Regulations for the medical services of the Army of India
Year: 1930
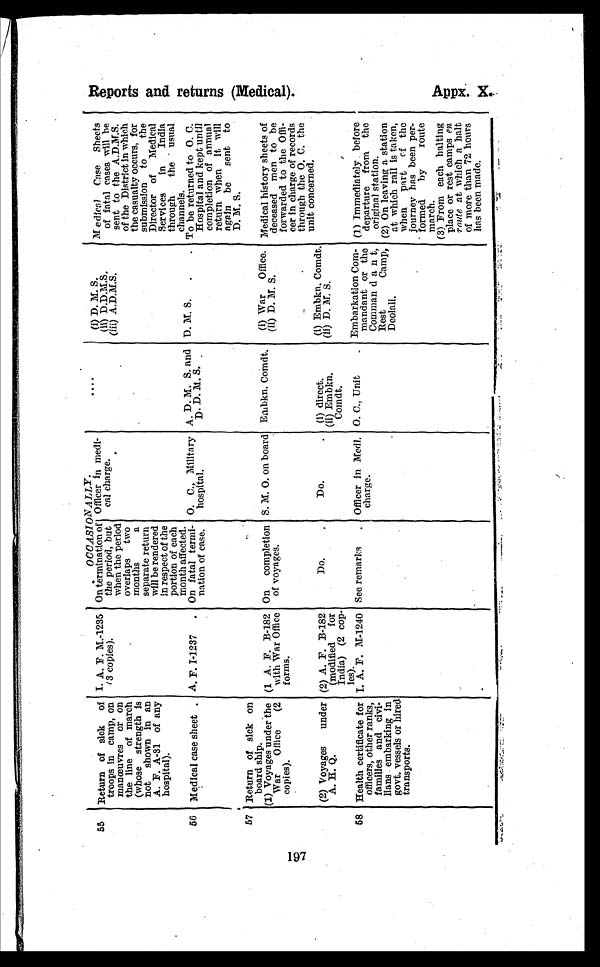
197
OCCASIONALLY.
55 Return of sick of
troops in camp, on
manœuvres or on
the line of march
(whose strength is
not shown in an
A. F. A-31 of any
hospital).
I. A. F. M.-1235
(3 copies).
On termination of
the period, but
when the period
overlaps two
months
a
separate return
will be rendered
in respect of the
portion of each
month affected.
Officer in medi-
cal charge.
....
(i) D. M. S.
(ii) D.D.M.S.
(iii) A.D.M.S.
Medical Case Sheets
of fatal cases will be
sent to the A.D.M.S.
of the District in which
the casualty occurs, for
submission to
the
Director of Medical
Services in India
through the usual
channels.
56 Medical case sheet . A. F. I-1237 . On fatal termi-
nation of case.
O. C., Military
hospital.
A. D. M. S. and
D. D. M. S. .
D. M. S. .
. To be returned to O. C.
Hospital and kept until
completion of annual
return when it will
again be sent to
D. M. S.
57 Return of sick on
board ship.
(1) Voyages under the
War Office (2
copies).
(1 A. F. B-182
with War Office
forms.
On completion
of voyages.
S. M. O. on board Embkn. Comdt.
(i) War Office.
(ii) D. M. S.
Medical history sheets of
deceased men to be
forwarded to the Offi-
cer in charge of records
through the O. C. the
unit concerned.
(2) Voyages under
A. H. Q.
(2) A. F. B-182
(modified for
India) (2 cop-
i e s ) .
Do.
.
Do.
. (i) direct.
(ii) Embkn.
Comdt,
(i) Embkn. Comdt.
(ii) D. M. S.
5 8 Health certificate for
officers, other ranks,
families and civi-
lians embarking in
govt. vessels or hired
transports.
I. A. F. M-1240 See remarks . Officer in Medl.
charge.
O. C., Unit
. Embarkation Com
mandant or the
Coalman d a n t,
Rest
Camp,
Deolali.
(1) Immediately before
departure from the
original station.
(2) On leaving a station
at which rail is taken,
when part
o f
t h e
journey has been per-
formed by
route
march.
(3) From each halting
place or rest camps en
route at which a halt
of more than 72 hours
has been made.
R e p o r t s a n d r e t u r n s ( M e d i c a l ) .
Appx. X.